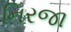
નિરજા